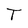
Character: T